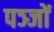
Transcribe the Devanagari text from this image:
पञ्जों